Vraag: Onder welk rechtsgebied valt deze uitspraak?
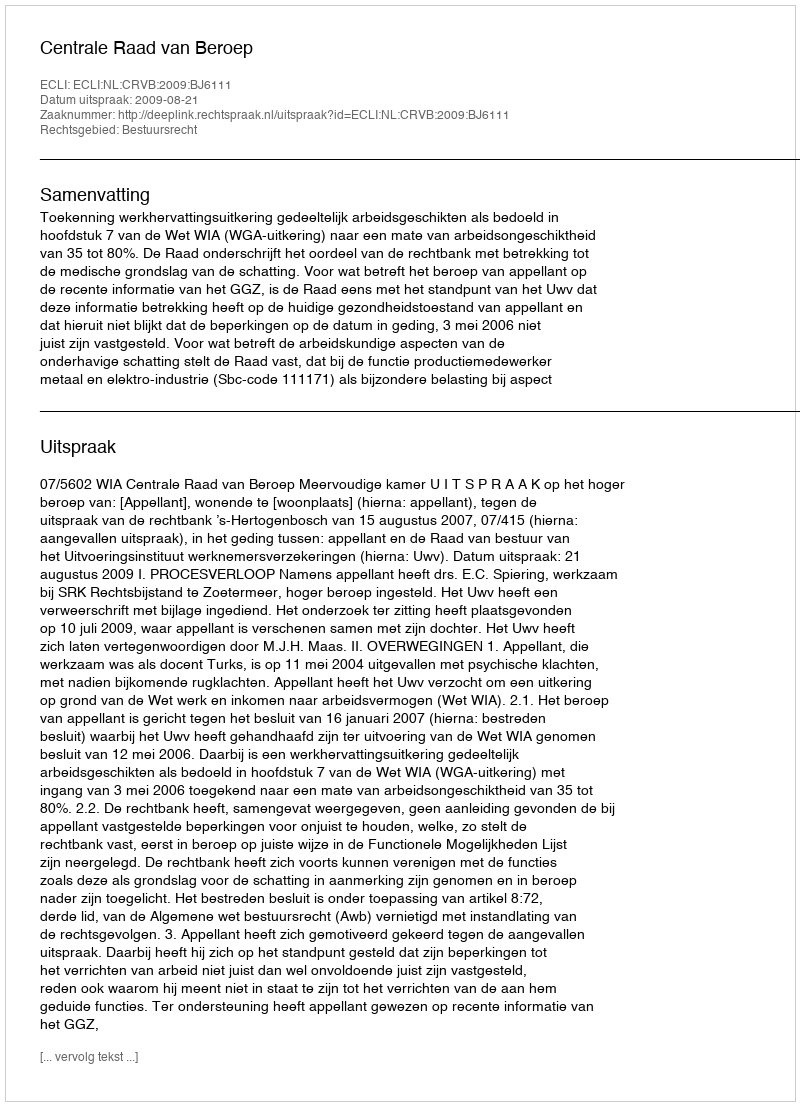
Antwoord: Bestuursrecht